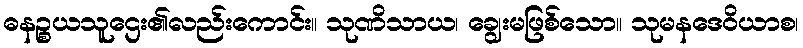
ဓနဉ္စယသူဌေး၏လည်းကောင်း။ သုဏိသာယ၊ ချွေးမဖြစ်သော။ သုမနဒေဝိယာစ၊